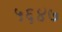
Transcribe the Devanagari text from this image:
५६४७